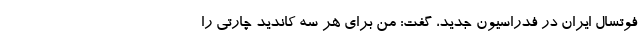
فوتسال ایران در فدراسیون جدید، گفت: من برای هر سه کاندید چارتی را